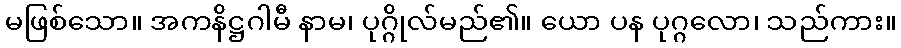
မဖြစ်သော။ အကနိဋ္ဌဂါမီ နာမ၊ ပုဂ္ဂိုလ်မည်၏။ ယော ပန ပုဂ္ဂလော၊ သည်ကား။